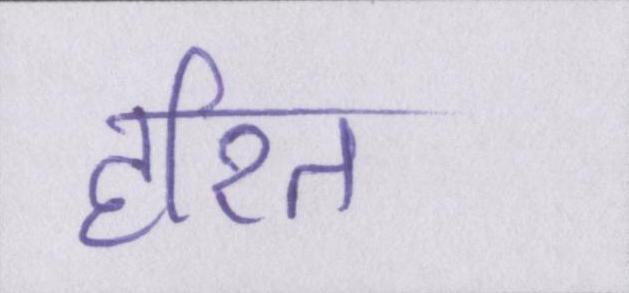
हरित